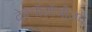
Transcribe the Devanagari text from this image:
टेक्नॉलॉजीजचे